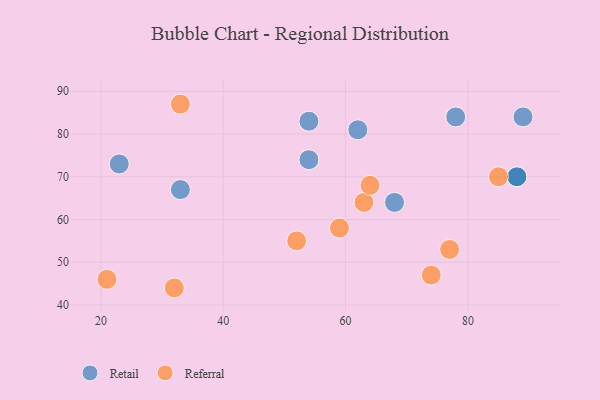
{"axis": {"x": "GDP", "y": "Life Expectancy"}, "legend": ["Referral", "Retail"], "data": [{"x": "33", "y": 67, "type": "Retail"}, {"x": "89", "y": 84, "type": "Retail"}, {"x": "68", "y": 64, "type": "Retail"}, {"x": "54", "y": 83, "type": "Retail"}, {"x": "62", "y": 81, "type": "Retail"}, {"x": "88", "y": 70, "type": "Retail"}, {"x": "54", "y": 74, "type": "Retail"}, {"x": "88", "y": 70, "type": "Retail"}, {"x": "23", "y": 73, "type": "Retail"}, {"x": "78", "y": 84, "type": "Retail"}, {"x": "63", "y": 64, "type": "Referral"}, {"x": "21", "y": 46, "type": "Referral"}, {"x": "52", "y": 55, "type": "Referral"}, {"x": "77", "y": 53, "type": "Referral"}, {"x": "33", "y": 87, "type": "Referral"}, {"x": "32", "y": 44, "type": "Referral"}, {"x": "59", "y": 58, "type": "Referral"}, {"x": "64", "y": 68, "type": "Referral"}, {"x": "74", "y": 47, "type": "Referral"}, {"x": "85", "y": 70, "type": "Referral"}]}